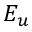
E _ { u }